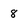
Character: 8